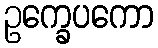
ဥက္ခေပကော